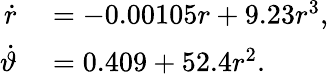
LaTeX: \begin{array}{rl}{\dot{r}}&{{}=-0.00105r+9.23r^{3},}\\ {\dot{\vartheta}}&{{}=0.409+52.4r^{2}.}\end{array}